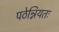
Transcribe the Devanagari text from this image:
पठेन्नियतः